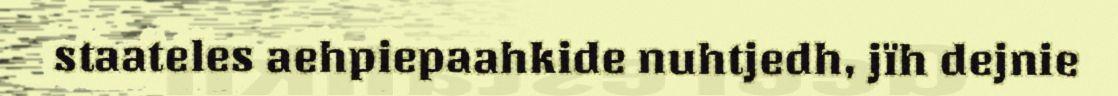
staateles aehpiepaahkide nuhtjedh, jïh dejnie